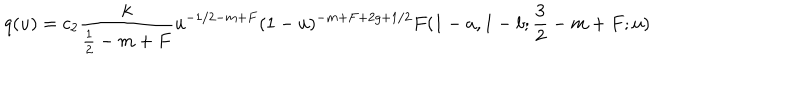
LaTeX: q ( u ) = c _ { 2 } \frac k { \frac 1 2 - m + F } u ^ { - 1 / 2 - m + F } ( 1 - u ) ^ { - m + F + 2 g + 1 / 2 } F ( 1 - a , 1 - b ; \frac 3 2 - m + F ; u )